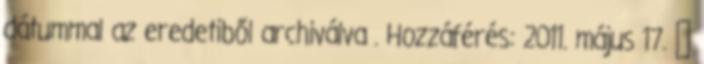
dátummal az eredetiből archiválva . Hozzáférés: 2011. május 17. ↑